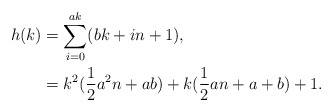
\begin{align*}h(k)&=\sum_{i=0}^{ak}(bk+in+1),\\ &=k^2(\frac{1}{2}a^2n+ab)+k(\frac{1}{2}an+a+b)+1.\end{align*}